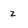
Character: 2